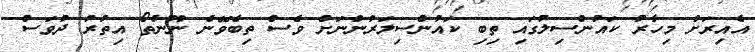
އެއިރަށް މިހާރު ކައުންސިލުގައި ތިބި ކައުންސިލަރުންނަށް ވެސް ތިބެވޭނެ ނޫންތޯ އިތުރު ދުވަސް